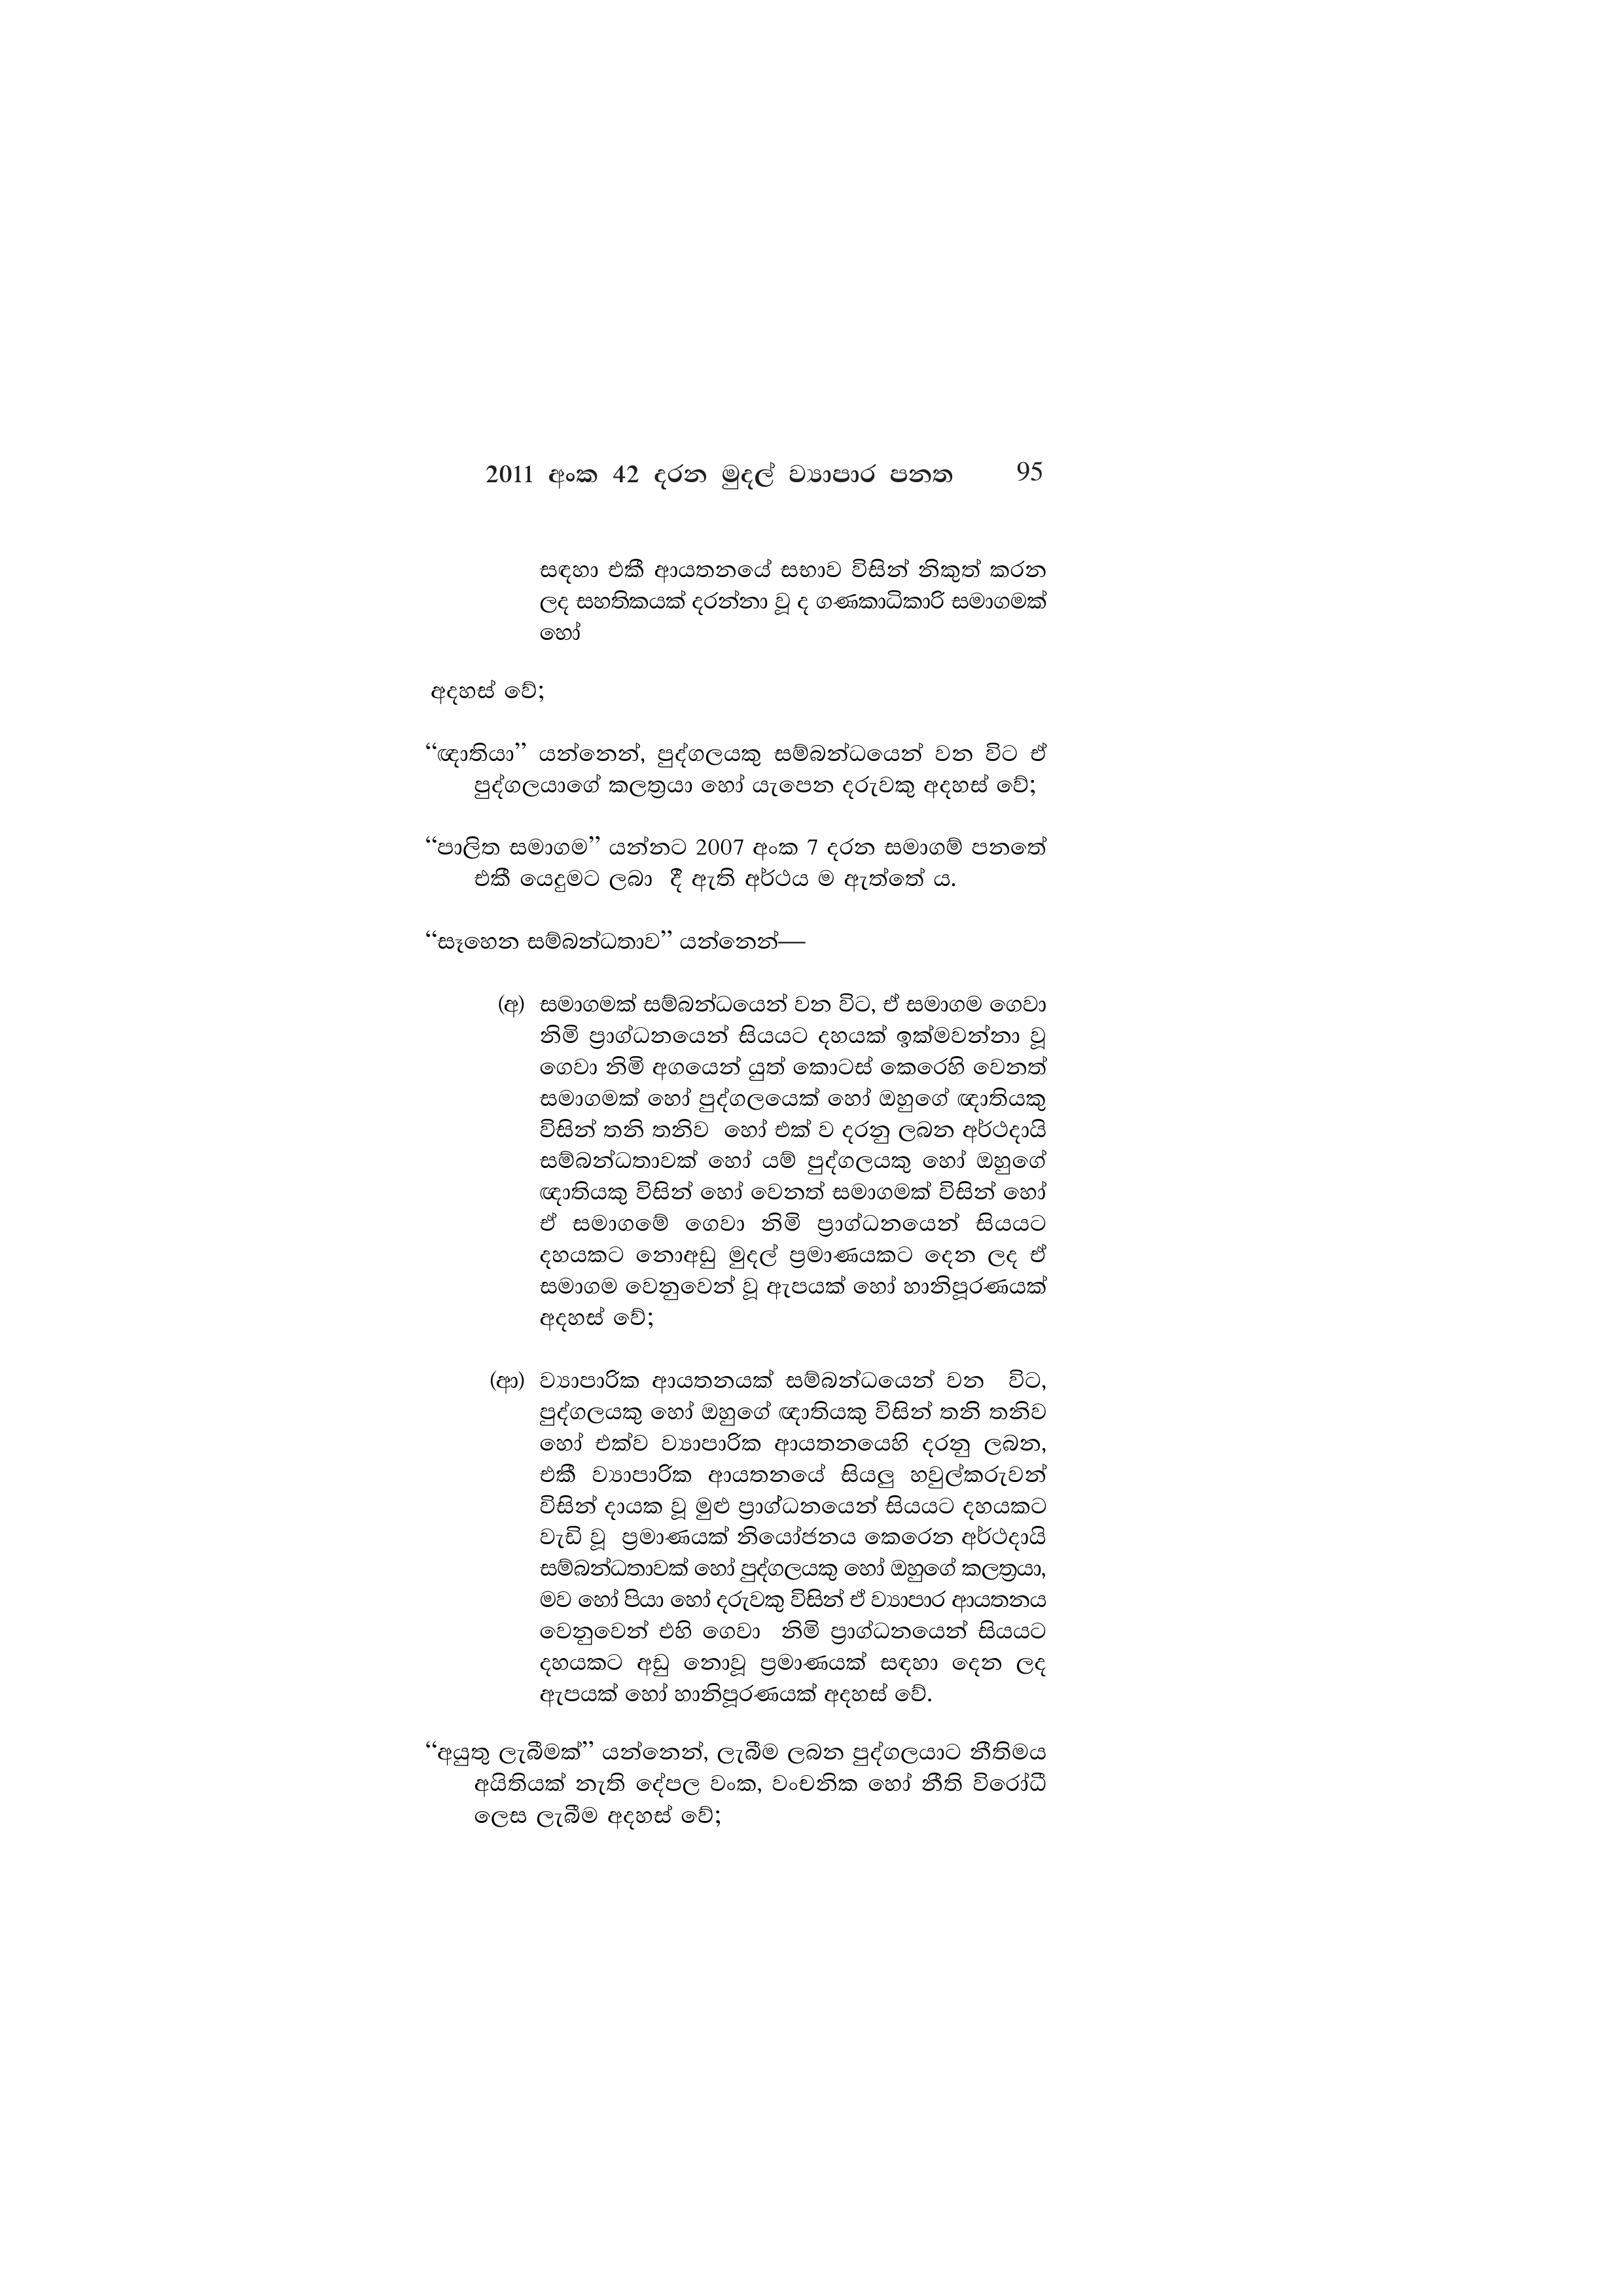
2011 අංක 42 දරන මුදල් ව්‍යාපාර පනත 95

සඳහා එකී ආයතනයේ සභාව විසින් නිකුත් කරන
ලද සහතිකයක් දරන්නා වූ ද ගණකාධිකාරි සමාගමක්
හෝ

අදහස් වේ;

“ඥාතියා” යන්නෙන්, පුද්ගලයකු සම්බන්ධයෙන් වන විට ඒ
පුද්ගලයාගේ කලත්‍රයා හෝ යැපෙන දරුවකු අදහස් වේ;

“පාලිත සමාගම” යන්නට 2007 අංක 7 දරන සමාගම් පනතේ
එකී යෙදුමට ලබා දී ඇති අර්ථය ම ඇත්තේ ය.

“සෑහෙන සම්බන්ධතාව” යන්නෙන්—

(අ) සමාගමක් සම්බන්ධයෙන් වන විට, ඒ සමාගම ගෙවා
නිමි ප්‍රාග්ධනයෙන් සියයට දහයක් ඉක්මවන්නා වූ
ගෙවා නිමි අගයෙන් යුත් කොටස් කෙරෙහි වෙනත්
සමාගමක් හෝ පුද්ගලයෙක් හෝ ඔහුගේ ඥාතියකු
විසින් තනි තනිව හෝ එක් ව දරනු ලබන අර්ථදායි
සම්බන්ධතාවක් හෝ යම් පුද්ගලයකු හෝ ඔහුගේ
ඥාතියකු විසින් හෝ වෙනත් සමාගමක් විසින් හෝ
ඒ සමාගමේ ගෙවා නිමි ප්‍රාග්ධනයෙන් සියයට
දහයකට නොඅඩු මුදල් ප්‍රමාණයකට දෙන ලද ඒ
සමාගම වෙනුවෙන් වූ ඇපයක් හෝ හානිපූරණයක්
අදහස් වේ;

(ආ) ව්‍යාපාරික ආයතනයක් සම්බන්ධයෙන් වන විට,
පුද්ගලයකු හෝ ඔහුගේ ඥාතියකු විසින් තනි තනිව
හෝ එක්ව ව්‍යාපාරික ආයතනයෙහි දරනු ලබන,
එකී ව්‍යාපාරික ආයතනයේ සියලු හවුල්කරුවන්
විසින් දායක වූ මුළු ප්‍රාග්ධනයෙන් සියයට දහයකට
වැඩි වූ ප්‍රමාණයක් නියෝජනය කෙරෙන අර්ථදායි
සම්බන්ධතාවක් හෝ පුද්ගලයකු හෝ ඔහුගේ කලත්‍රයා,
මව හෝ පියා හෝ දරුවකු විසින් ඒ ව්‍යාපාර ආයතනය
වෙනුවෙන් එහි ගෙවා නිමි ප්‍රාග්ධනයෙන් සියයට
දහයකට අඩු නොවූ ප්‍රමාණයක් සඳහා දෙන ලද
ඇපයක් හෝ හානිපූරණයක් අදහස් වේ.

“අයුතු ලැබීමක්” යන්නෙන්, ලැබීම ලබන පුද්ගලයාට නීතිමය
අයිතියක් නැති දේපල වංක, වංචනික හෝ නීති විරෝධී
ලෙස ලැබීම අදහස් වේ;